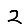
Digit: 2